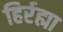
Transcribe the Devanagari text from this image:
हिर्रह्मा